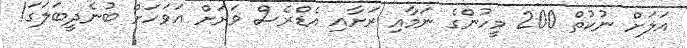
އަލަށް ނުކުތް 200 މީހުންގެ ނަމާއި ރަށާއި އެޑްރެސް ވަރަށް އަވަހަށް ބުނެދީބަލަގަ!